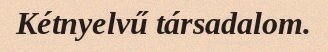
Kétnyelvű társadalom.